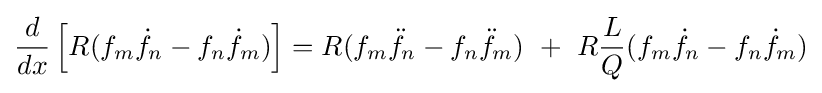
{\frac {d}{dx}}\left[R(f_{m}{\dot {f}}_{n}-f_{n}{\dot {f}}_{m})\right]=R(f_{m}{\ddot {f}}_{n}-f_{n}{\ddot {f}}_{m})\,\,+\,\,R{\frac {L}{Q}}(f_{m}{\dot {f}}_{n}-f_{n}{\dot {f}}_{m})